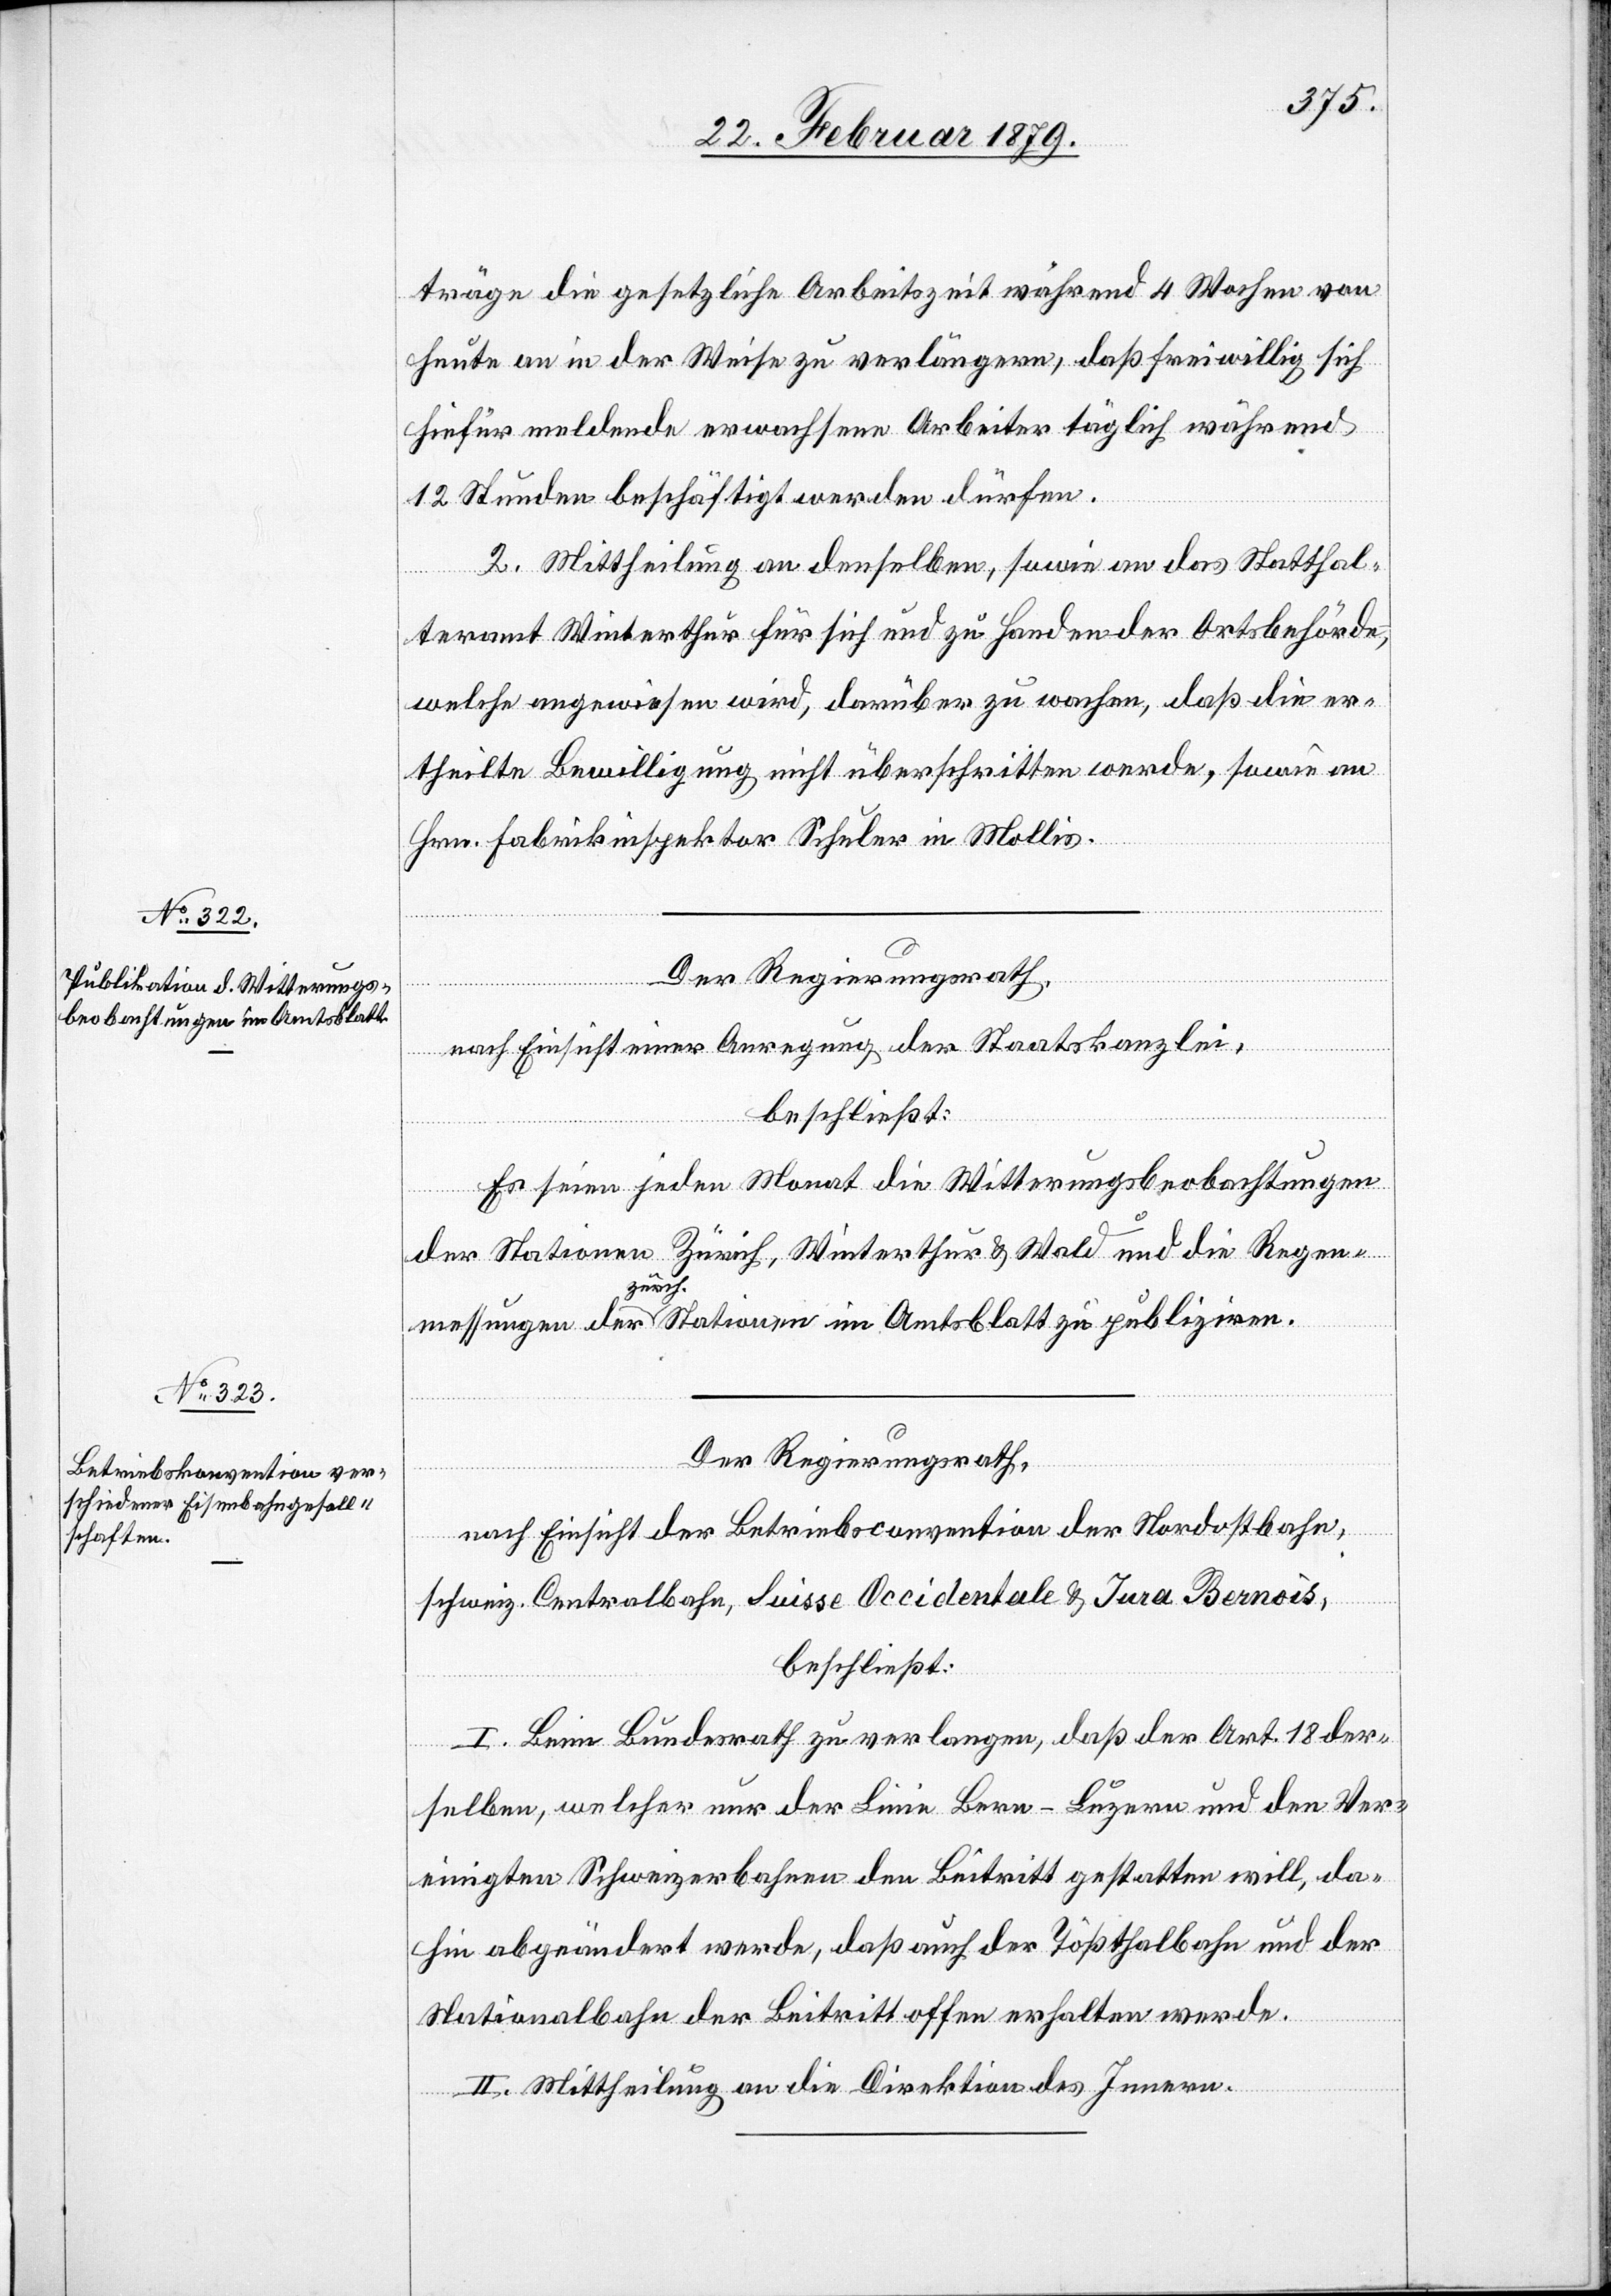
Der Regierungsrath,
nach Einsicht eines Antrages der Staatskanzlei,
beschließt:
Es seien jeden Monat die Witterungsbeobachtungen
der Stationen Zürich, Winterthur & Wald und die Regen¬
messungen der zürch. Stationen im Amtsblatt zu publiziren.
Der Regierungsrath,
nach Einsicht der Betriebsconvention der Nordostbahn,
schweiz. Centralbahn, Suisse Occidentale & Jura Bernois,
beschließt:
I. Beim Bundesrath zu verlangen, daß der Art. 18 der¬
selben, welcher nur der Linie Bern–Luzern und den Ver¬
einigten Schweizerbahnen den Beitritt gestatten will, da¬
hin abgeändert werde, daß auch der Tößthalbahn und der
Nationalbahn der Beitritt offen erhalten werde.
II. Mittheilung an die Direktion des Innern.